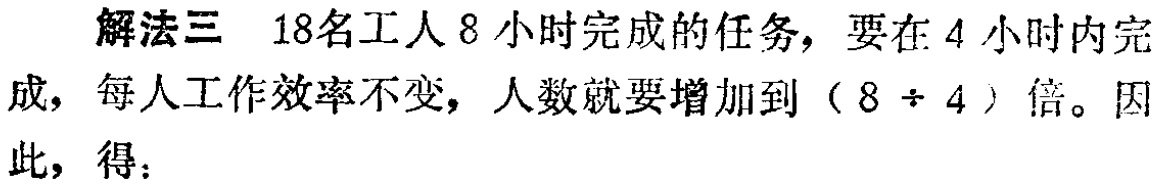
解法三 18名工人8小时完成的任务，要在4小时内完成，每人工作效率不变，人数就要增加到（8÷4）倍。因此，得：